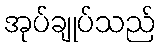
အုပ်ချုပ်သည်